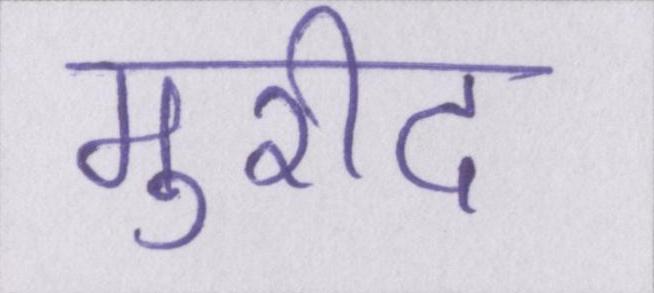
मुरीद